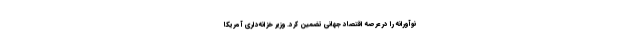
نوآورانه را در عرصه اقتصاد جهانی تضمین کرد. وزیر خزانه‌داری آمریکا